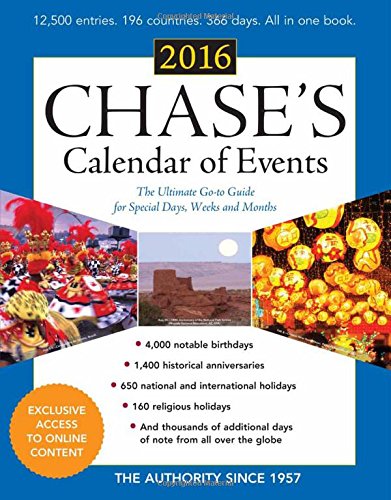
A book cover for Chase's Calendar of Events 2016: The Ultimate Go-to Guide for Special Days, Weeks and Months; Calendars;